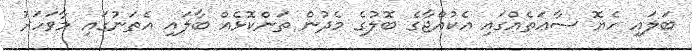
ބަލައި ހެޔޮ ސާޢަތެއްގައި އެކުއްޖާގެ ބޮލުގެ މެދުން ތަންކޮޅެއް ބާލައި އެތަނުގައި މާވަހަރު